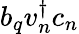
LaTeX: b_{q}v_{n}^{\dagger}c_{n}